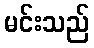
မင်းသည်